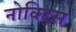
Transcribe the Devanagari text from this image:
नोक्टिस